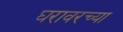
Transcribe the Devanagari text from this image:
घरावरच्या